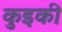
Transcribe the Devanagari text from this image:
कुइकी